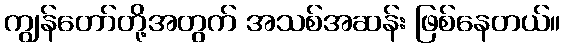
ကျွန်တော်တို့အတွက် အသစ်အဆန်း ဖြစ်နေတယ်။